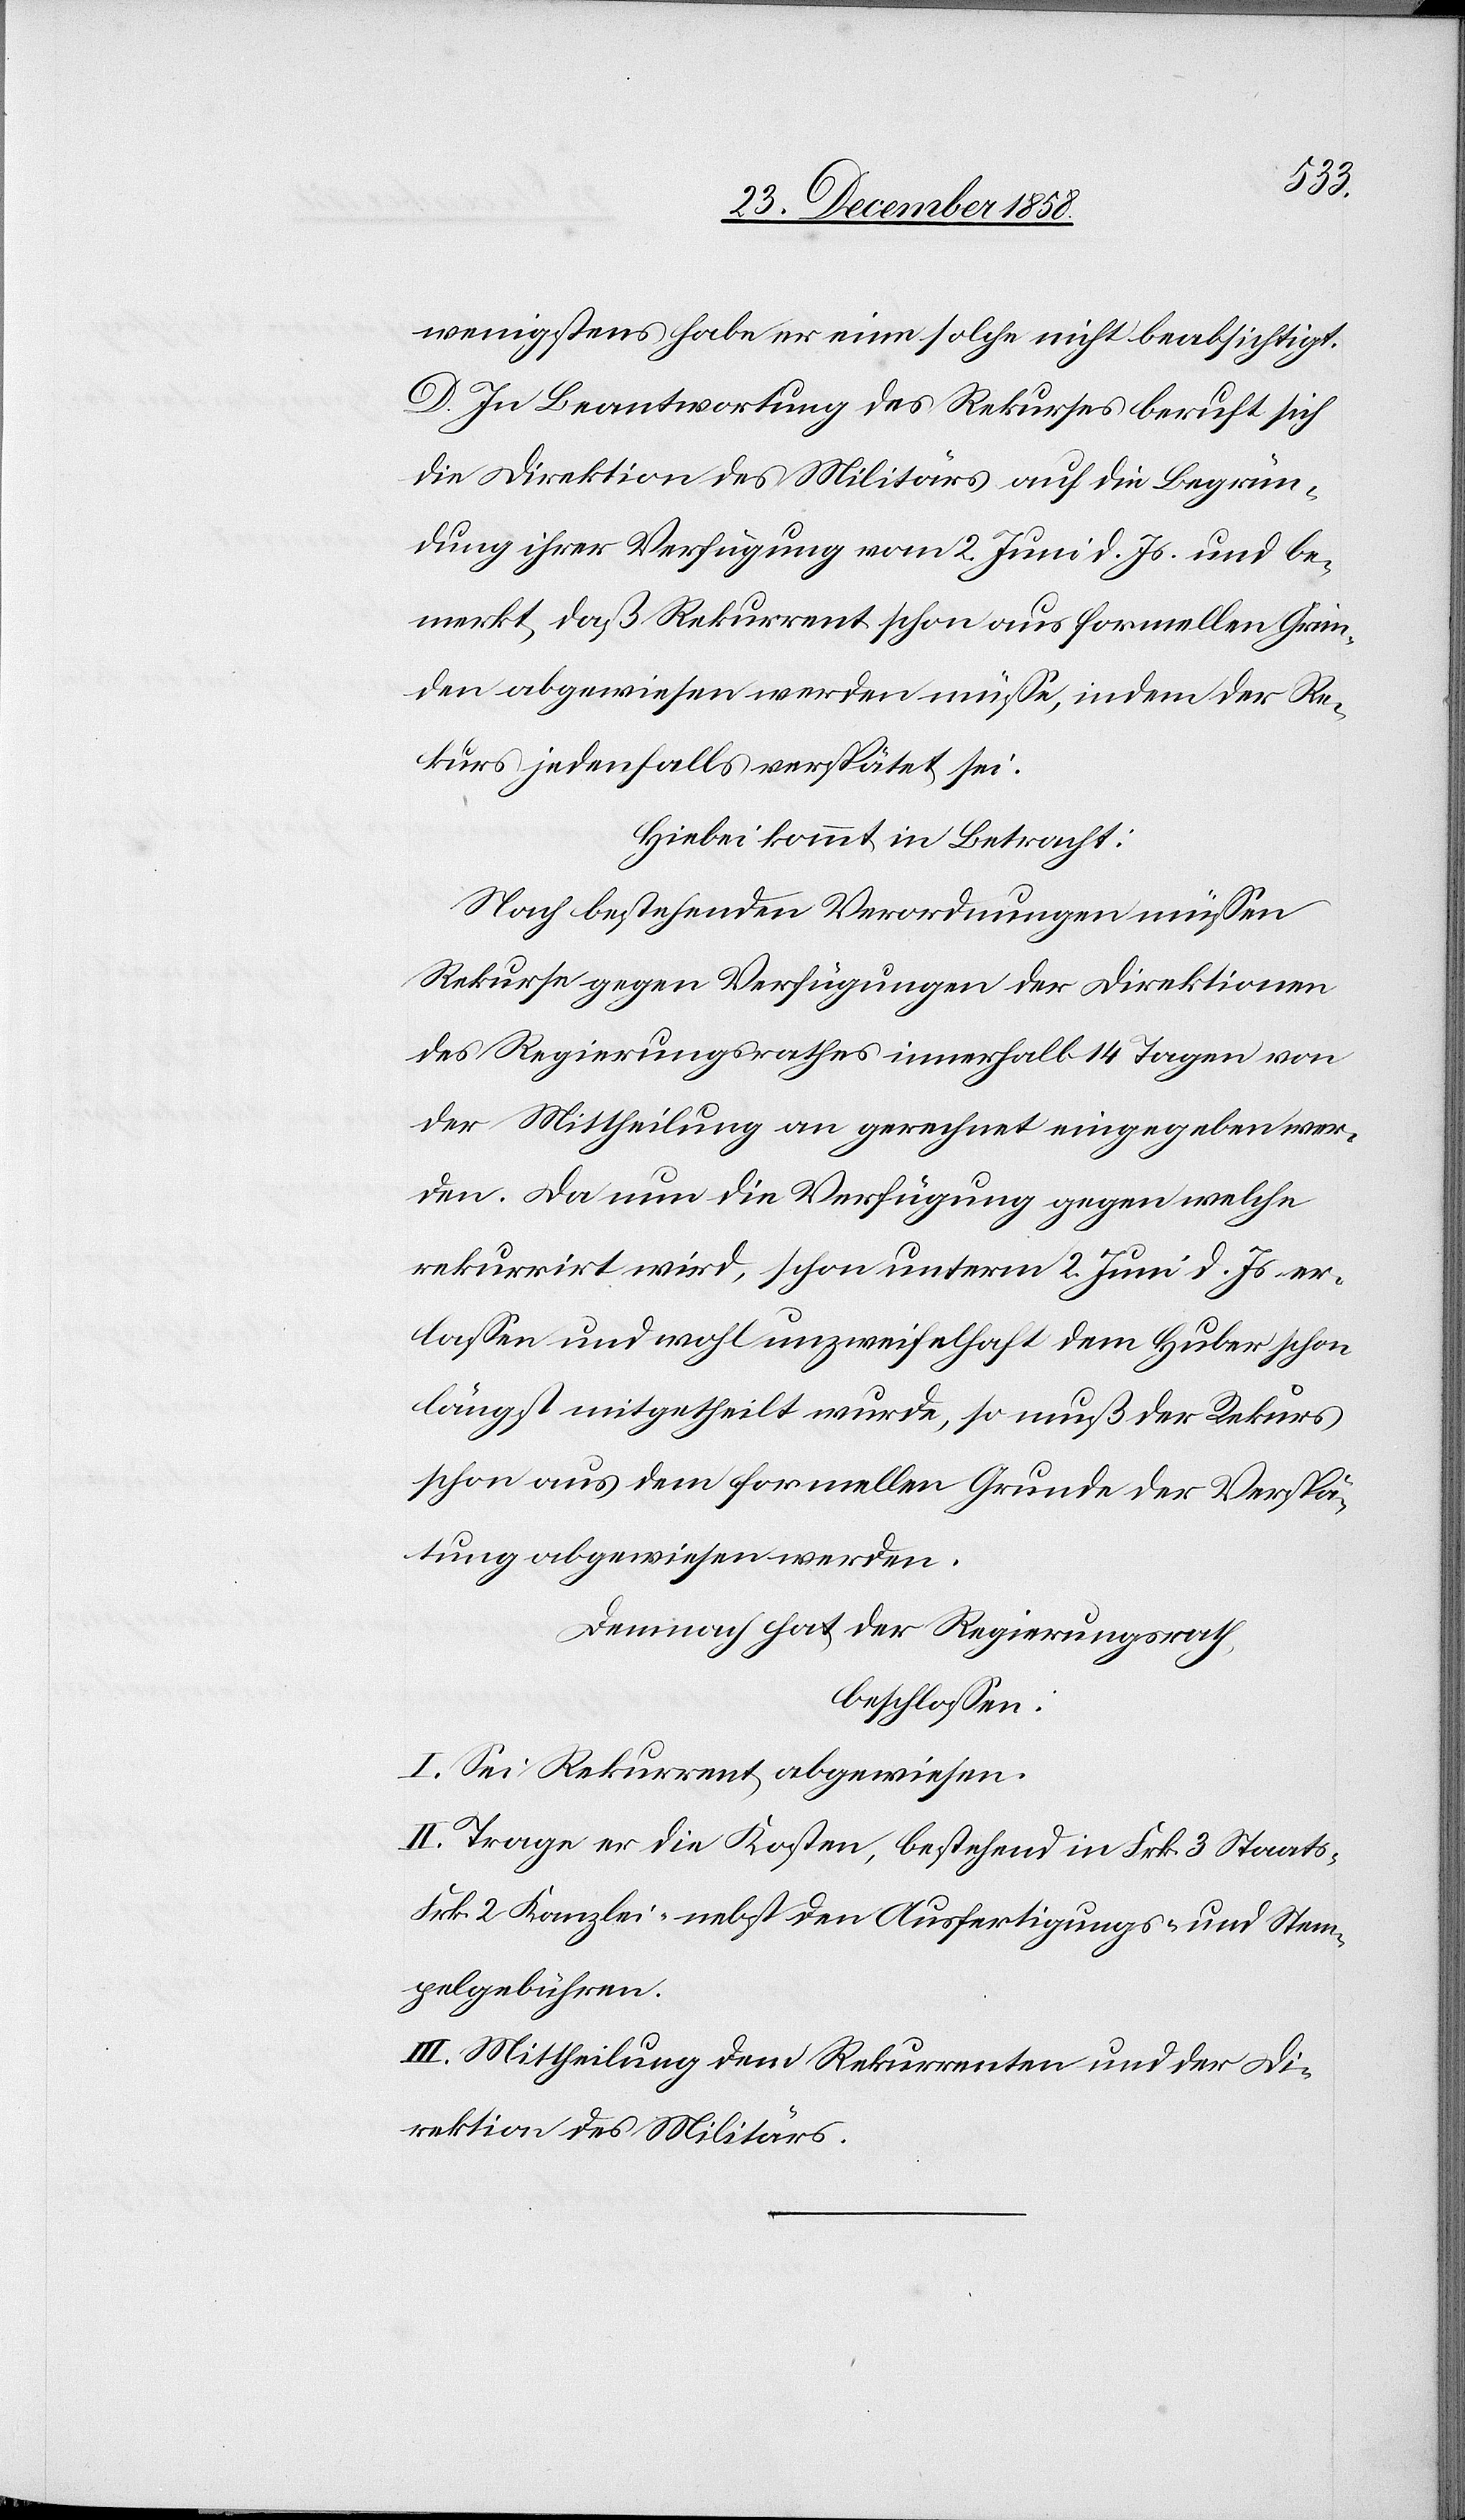
die